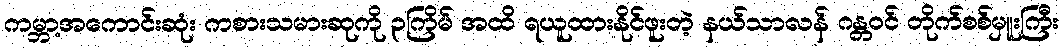
ကမ္ဘာ့အကောင်းဆုံး ကစားသမားဆုကို ၃ကြိမ် အထိ ရယူထားနိုင်ဖူးတဲ့ နယ်သာလန် ဂန္တဝင် တိုက်စစ်မှူးကြီး